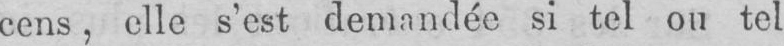
cens, elle s’est demandée si tel ou tel